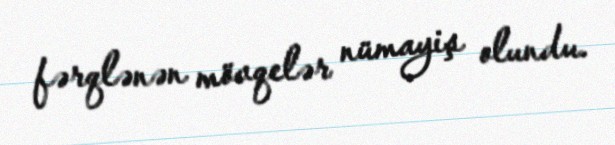
fərqlənən mövqelər nümayiş olundu.